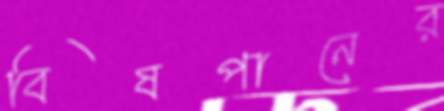
বিষপানের